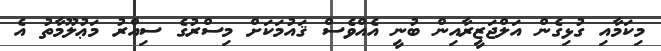
މިކަމާއި ގުޅިގެން އަލްޖަޒީރާއިން ބުނީ އެއްވެސް ޤައުމަކަށް މިސްރުގެ ސިއްރު މަޢުލޫމާތު އެ